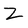
Character: Z